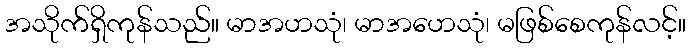
အသိုက်ရှိကုန်သည်။ မာအဟသုံ၊ မာအဟေသုံ၊ မဖြစ်စေကုန်လင့်။